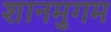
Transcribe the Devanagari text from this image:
शानमुगम